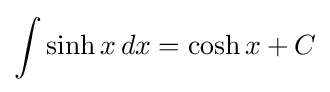
\int \sinh x\,dx=\cosh x+C